Annual statistical returns and brief notes on vaccination in Bengal - 1909-1929
Year: 1909
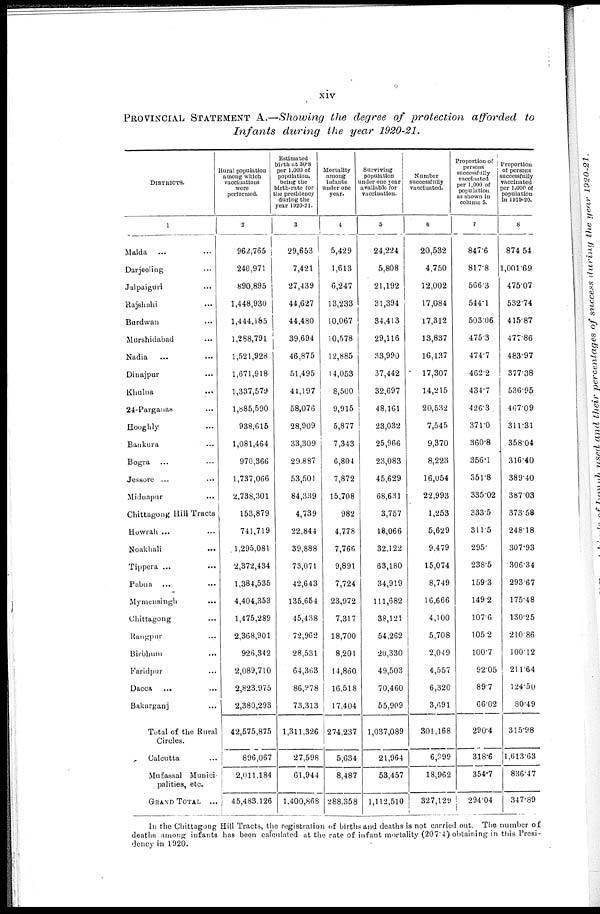
xiv
PROVINCIAL STATEMENT A.—Showing the degree of protection afforded to
Infants during the year 1920-21.
DISTRICTS.
1
Malda ... ...
Darjeeling ...
Jalpaiguri ...
Rajshahi ...
Burdwan ...
Murshidabad ...
Nadia ... ...
Dinajpur ...
Khulna ...
24-Parganas ...
Hooghly ...
Bankura ...
Bogra ... ...
Jessore ... ...
Midnapur ...
Chittagong Hill Tracts
Howrah ... ...
Noakhali ...
Tippera ... ...
Pabna ... ...
Mymensingh ...
Chittagong ...
Rangpur ...
Birbhum ...
Faridpur ...
Dacca ... ...
Bakarganj ...
Total of the Rural
Circles.
Calcutta ...
Mufassal Munici-
palities, etc.
GRAND TOTAL ...
Rural population
among which
vaccinations
were
performed.
2
962,765
240,971
890,895
1,448,930
l,444,185
1,288,791
1,521,928
1,671,918
1,337,579
1,885,590
938,615
1,081,464
970,366
1,737,066
2,738,301
153,879
741,719
1,295,081
2,372,434
1,384,535
4,404,353
1,475,289
2,368,901
926,342
2,089,710
2,823,975
2,380,293
42,575,875
896,067
2,011,184
45,483,126
Estimated
birth at 30.8
per 1,000 of
population.
being the
birth-rate for
the presidency
during the
year 1920-21.
3
29,653
7,421
27,439
44,627
44,480
39,694
46,875
51,495
41,197
58,076
28,909
33,309
29,887
53,501
84,339
4,739
22,844
39,888
73,071
42,643
135,654
45,438
72,962
28,531
64,363
86,978
73,313
1,311,326
27,598
61,944
1,400,868
Mortality
among
infants
under one
year.
4
5,429
1,613
6,247
13,233
10,067
10,578
12,885
14,053
8,500
9,915
5,877
7,343
6,804
7,872
15,708
982
4,778
7,766
9,891
7,724
23,972
7,317
18,700
8,201
14,860
16,518
17,404
274,237
5,634
8,487
288,358
Surviving
population
under one year
available for
vaccination.
5
24,224
5,808
21,192
31,394
34,413
29,116
33,990
87,442
32,697
48,161
23,032
25,966
23,083
45,629
68,631
3,757
18,066
32,122
63,180
34,919
111,682
38,121
54,262
20,330
49,503
70,460
55,909
1,037,089
21,964
53,457
1,112,510
Number
successfully
vaccinated.
6
20,532
4,750
12,002
17,084
17,312
13,837
16,137
17,307
14,215
20,532
7,545
9,370
8,223
16,054
22,993
1,253
5,629
9,479
15,074
8,749
16,666
4,100
5,708
2,049
4,557
6,320
3,691
301,168
6,999
18,962
327,129
Proportion of
persons
successfully
vaccinated
per 1,000 of
population
as shown in
column 5.
7
847.6
817.8
566.3
544.1
503.06
475.3
474.7
462.2
434.7
426.3
371.0
360.8
356.1
351.8
335.02
333.5
311.5
295.
238.5
159.3
149.2
107.6
105.2
100.7
92.05
89.7
66.02
290.4
318.6
354.7
294.04
Proportion
of persons
successfully
vaccinated
per 1,000 of
population
in 1919-20.
8
874.54
1,001.69
475.07
532.74
415.87
477.86
483.97
377.38
536.95
467.09
311.31
358.04
316.40
389.40
387.03
373.58
248.18
307.93
306.34
293.67
175.48
130.25
210.86
100.12
211.64
124.50
80.49
315.98
1,613.63
836.47
347.89
In the Chittagong Hill Tracts, the registration of births and deaths is not carried out. The number of
deaths among infants has been calculated at the rate of infant mortality (207.4) obtaining in this Presi-
dency in 1920.